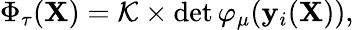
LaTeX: \begin{array}{r}{\Phi_{\tau}(\mathbf{X})=\mathcal{K}\times\operatorname*{det}{\varphi_{\mu}(\mathbf{y}_{i}(\mathbf{X}))},}\end{array}